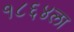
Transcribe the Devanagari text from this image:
१८६४ला